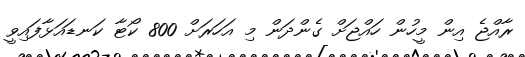
ރާއްޖެ އިން މީހުން ހައްޖަށް ގެންދަން މި އަހަރަށް 800 ކޯޓާ ކަނޑައަޅާފައިވީ